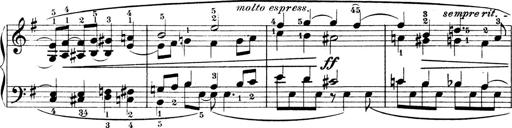
Title: 4 Sonatines
Composer: Max Reger